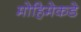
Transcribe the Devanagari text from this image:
मोहिमेकडे